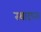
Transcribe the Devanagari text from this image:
स्थादपना